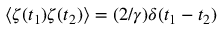
\langle \zeta ( t _ { 1 } ) \zeta ( t _ { 2 } ) \rangle = ( 2 / \gamma ) \delta ( t _ { 1 } - t _ { 2 } )